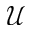
\mathcal { U }